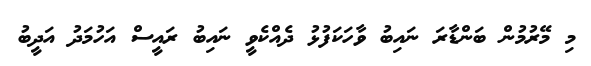
މި މޭރުމުން ބަންޑާރަ ނައިބު ވާހަކަފުޅު ދެއްކެވީ ނައިބު ރައީސް އަހުމަދު އަދީބު